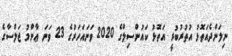
ނިލަންދެއަތޮޅު އުތުރުބުރީ އަތޮޅު ކައުންސިލްގެ 2020 ވަނައަހަރުގެ 23 ވަނަ ޢާންމު ޖަލްސާގެ